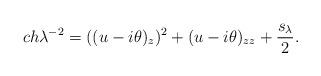
LaTeX: \begin{align*} c h \lambda^{-2} = ((u-i \theta)_{z})^2 + (u-i \theta)_{zz} + \frac{s_{\lambda}}{2}.\end{align*}